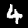
Label: 4